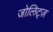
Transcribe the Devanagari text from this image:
जोलिट्ज़